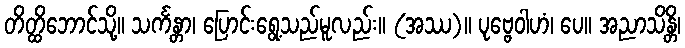
တိတ္ထိဘောင်သို့။ သင်္ကန္တာ၊ ပြောင်းရွေ့သည်မူလည်း။ (အဿ)။ ပုဗ္ဗေဝါဟံ၊ ပေ။ အညာသိန္တိ၊